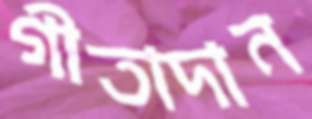
গীতাদান